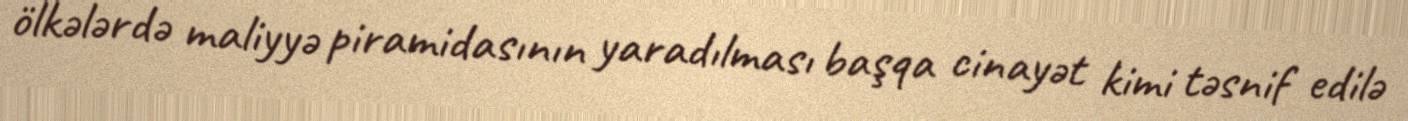
ölkələrdə maliyyə piramidasının yaradılması başqa cinayət kimi təsnif edilə